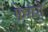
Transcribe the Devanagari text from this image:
फेरारो